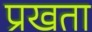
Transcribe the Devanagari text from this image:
प्रखता